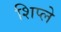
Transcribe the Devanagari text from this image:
शिप्ले